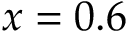
x = 0 . 6